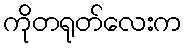
ကိုတရုတ်လေးက